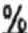
%